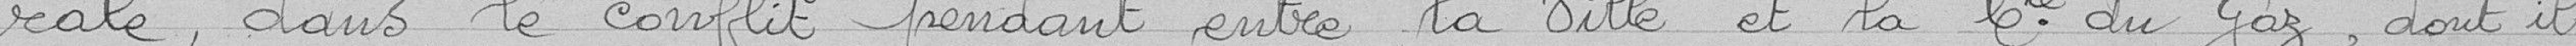
rale, dans le conflit.... entre la Ville et la Compagnie du Gaz dont il